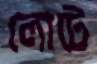
লোটে